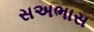
સઅભાસ